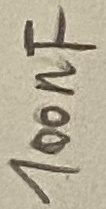
Text: 100nF